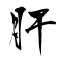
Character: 肝